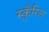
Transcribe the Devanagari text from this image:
स्कुँरिल